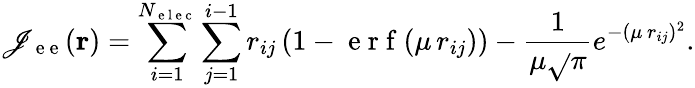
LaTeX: \mathscr{J}_{\mathrm{{~e~e~}}}(\mathbf{{r}})=\sum_{i=1}^{N_{\mathrm{{~e~l~e~c~}}}}\sum_{j=1}^{i-1}r_{ij}\left(1-\mathrm{{~e~r~f~}}(\mu\, r_{ij})\right)-\frac{{1}}{{\mu\sqrt{}{{\pi}}}}e^{-(\mu\, r_{ij})^{2}}.